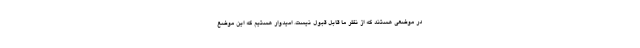
در موضعی هستند که از نظر ما قابل قبول نیست. امیدوار هستیم که این موضع